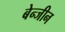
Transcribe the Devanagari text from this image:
बेन्जीन